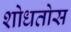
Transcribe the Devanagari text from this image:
शोधतोस